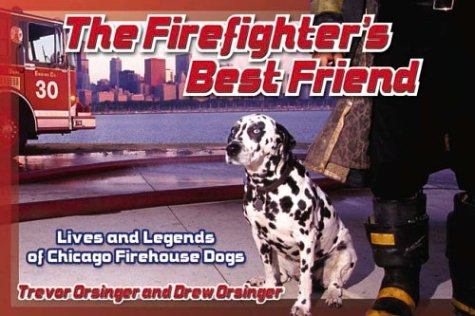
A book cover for The Firefighter's Best Friend: Lives and Legends of Chicago Firehouse Dogs; Drew Orsinger; Travel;